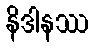
နိဒါနဿ